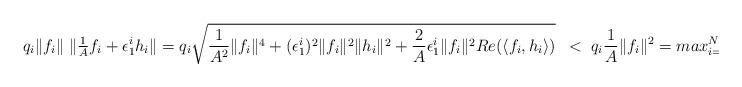
LaTeX: \begin{align*} q_i\|f_i\|\;\|\tfrac{1}{A}f_i + \epsilon_{1}^{i}h_i \| =q_i\sqrt{\frac{1}{A^2}\|f_i\|^4 + (\epsilon_{1}^{i})^2\|f_i\|^2\|h_i\|^2 + \frac{2}{A}\epsilon_{1}^{i}\|f_i\|^2 Re( \langle f_i, h_i\rangle)} \;\;<\; q_i\frac{1}{A}\|f_i\|^2 = max_{i=1}^N \frac{q_i}{A}\|f_i\|^2 .\end{align*}